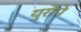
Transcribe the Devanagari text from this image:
युरोपे